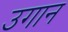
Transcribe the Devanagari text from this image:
उगान